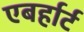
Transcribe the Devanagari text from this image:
एबर्हार्ट